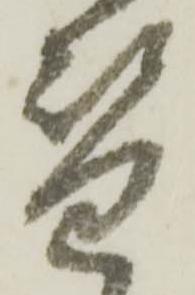
替